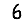
Digit: 6